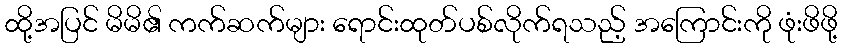
ထို့အပြင် မိမိ၏ ကက်ဆက်များ ရောင်းထုတ်ပစ်လိုက်ရသည့် အကြောင်းကို ဖုံးဖိဖို့